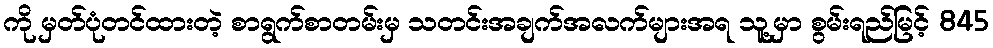
ကို မှတ်ပုံတင်ထားတဲ့ စာရွက်စာတမ်းမှ သတင်းအချက်အလက်များအရ သူ့မှာ စွမ်းရည်မြင့် 845